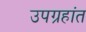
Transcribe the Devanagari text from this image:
उपग्रहांत